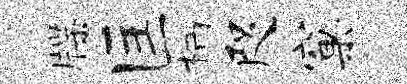
牒匡柄咫窠